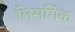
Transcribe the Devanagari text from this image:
लिसर्गिक